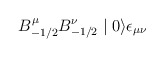
\begin{align*}B^{\mu}_{-1/2} B^{\nu}_{-1/2} \mid 0 \rangle \epsilon_{\mu \nu}\end{align*}